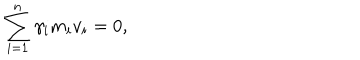
LaTeX: \sum _ { i = 1 } ^ { n } \gamma _ { i } m _ { i } v _ { i } = 0 ,